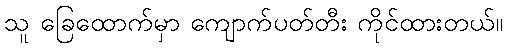
သူ ခြေထောက်မှာ ကျောက်ပတ်တီး ကိုင်ထားတယ်။